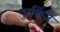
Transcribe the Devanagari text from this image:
पुरकिंजे